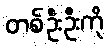
တစ်ဦးဦးကို